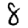
Digit: 8